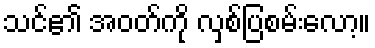
သင်၏ အဝတ်ကို လှစ်ပြစမ်းလော့။